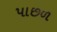
પાછળ